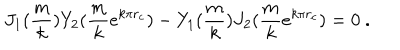
J _ { 1 } ( \frac { m } { k } ) Y _ { 2 } ( \frac { m } { k } e ^ { k \pi r _ { c } } ) - Y _ { 1 } ( \frac { m } { k } ) J _ { 2 } ( \frac { m } { k } e ^ { k \pi r _ { c } } ) = 0 \ .